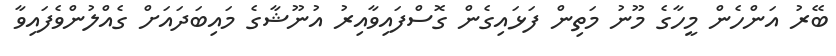
ބޭރު އަންހެން މީހާގެ މޫނު މަތިން ފަޅައިގެން ގޮސްފައިވާއިރު އުނޫޝާގެ މައިބަދައަށް ގެއްލުންވެފައިވާ